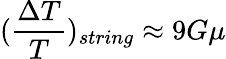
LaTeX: (\frac{\Delta T}{T})_{string}\approx 9G\mu